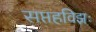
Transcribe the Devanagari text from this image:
सप्तहविझः